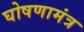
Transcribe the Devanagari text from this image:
घोषणामंत्र